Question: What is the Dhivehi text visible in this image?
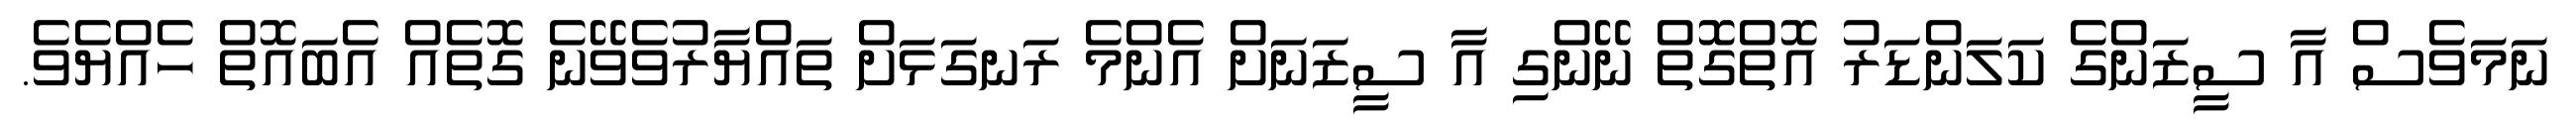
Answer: ނަމަވެސް އާ ސީޒަންގެ ކަލަންޑަރު އޮތްގޮތް ނޭންގި އާ ސީޒަނަށް އެންމެ ރަނގަޅަށް ތައްޔާރުވެވޭނެ ގޮތެއް އެބައޮތް ހެއްޔެވެ.